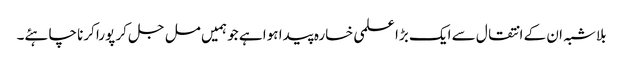
بلاشبہ ان کے انتقال سے ایک بڑا علمی خسارہ پیدا ہوا ہے جو ہمیں مل جل کر پورا کرنا چاہئے۔